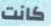
كانت